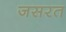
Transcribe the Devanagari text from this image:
जसरत